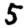
Digit: 5